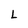
Character: L